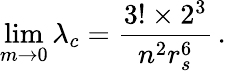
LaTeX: \operatorname*{lim}_{m\to 0}\lambda_{c}=\frac{3!\times 2^{3}}{n^{2}r_{s}^{6}}\, .